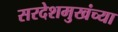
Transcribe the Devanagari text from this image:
सरदेशमुखंच्या